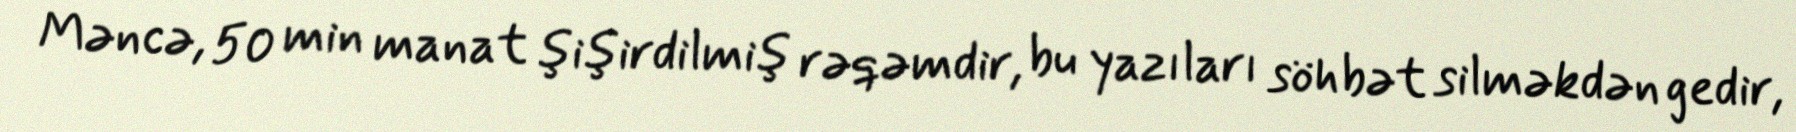
Məncə, 50 min manat şişirdilmiş rəqəmdir, bu yazıları söhbət silməkdən gedir,